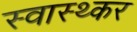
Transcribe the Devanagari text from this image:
स्वास्थ्कर